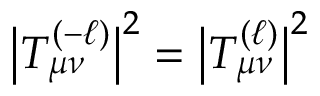
\big | T _ { \mu \nu } ^ { ( - \ell ) } \big | ^ { 2 } = \big | T _ { \mu \nu } ^ { ( \ell ) } \big | ^ { 2 }